Lunatic asylums in Bengal annual reports 1899-1911 - 1899-1911
Year: 1899
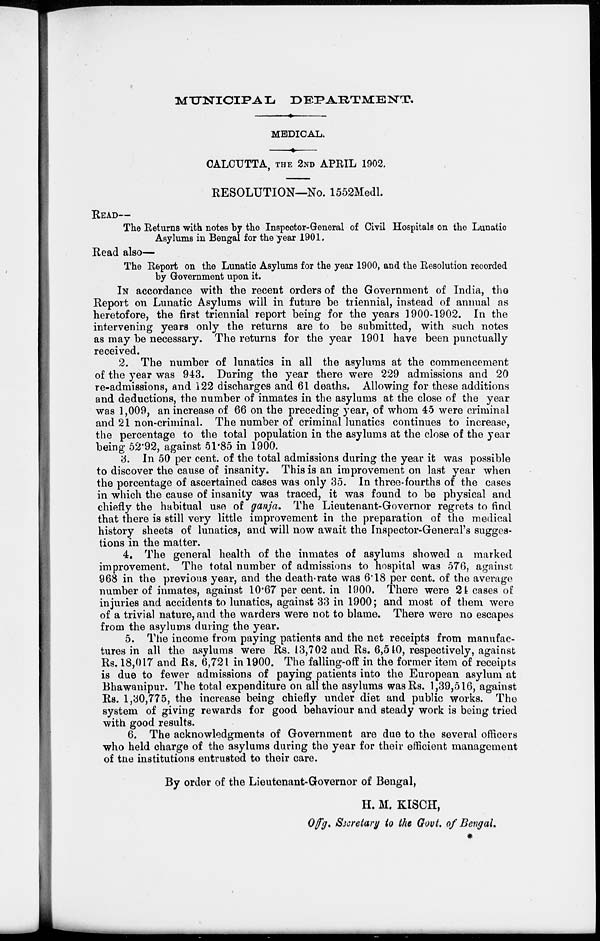
MUNICIPAL
DEPARTMENT.
MEDICAL.
CALCUTTA, THE 2ND APRIL 1902.
RESOLUTION—No. 1552Medl.
READ—
The Returns with notes by the Inspector-General of Civil Hospitals on the Lunatic
Asylums in Bengal for the year 1901.
Read also—
The Report on the Lunatic Asylums for the year 1900, and the Resolution recorded
by Government upon it.
IN accordance with the recent orders of the Government of India, the
Report on Lunatic Asylums will in future be triennial, instead of annual as
heretofore, the first triennial report being for the years 1900-1902. In the
intervening years only the returns are to be submitted, with such notes
as may be necessary. The returns for the year 1901 have been punctually
received.
2. The number of lunatics in all the asylums at the commencement
of the year was 943. During the year there were 229 admissions and 20
re-admissions, and 122 discharges and 61 deaths. Allowing for these additions
and deductions, the number of inmates in the asylums at the close of the year
was 1,009, an increase of 66 on the preceding year, of whom 45 were criminal
and 21 non-criminal. The number of criminal lunatics continues to increase,
the percentage to the total population in the asylums at the close of the year
being 52.92, against 51.85 in 1900.
3. In 50 per cent. of the total admissions during the year it was possible
to discover the cause of insanity. This is an improvement on last year when
the percentage of ascertained cases was only 35. In three-fourths of the cases
in which the cause of insanity was traced, it was found to be physical and
chiefly the habitual use of ganja. The Lieutenant-Governor regrets to find
that there is still very little improvement in the preparation of the medical
history sheets of lunatics, and will now await the Inspector-General's sugges-
tions in the matter.
4. The general health of the inmates of asylums showed a marked
improvement. The total number of admissions to hospital was 576, against
968 in the previous year, and the death-rate was 6.18 per cent. of the average
number of inmates, against 10.67 per cent. in 1900. There were 24 cases of
injuries and accidents to lunatics, against 33 in 1900; and most of them were
of a trivial nature, and the warders were not to blame. There were no escapes
from the asylums during the year.
5. The income from paying patients and the net receipts from manufac-
tures in all the asylums were Rs. 13,702 and Rs. 6,540, respectively, against
Rs. 18,017 and Rs. 6,721 in 1900. The falling-off in the former item of receipts
is due to fewer admissions of paying patients into the European asylum at
Bhawanipur. The total expenditure on all the asylums was Rs. 1,39,516, against
Rs. 1,30,775, the increase being chiefly under diet and public works. The
system of giving rewards for good behaviour and steady work is being tried
with good results.
6. The acknowledgments of Government are due to the several officers
who held charge of the asylums during the year for their efficient management
of the institutions entrusted to their care.
By order of the Lieutenant-Governor of Bengal,
H. M. KISCH,
Offg. Secretary to the Govt. of Bengal.